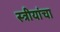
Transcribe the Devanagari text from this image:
स्त्रीयांचा